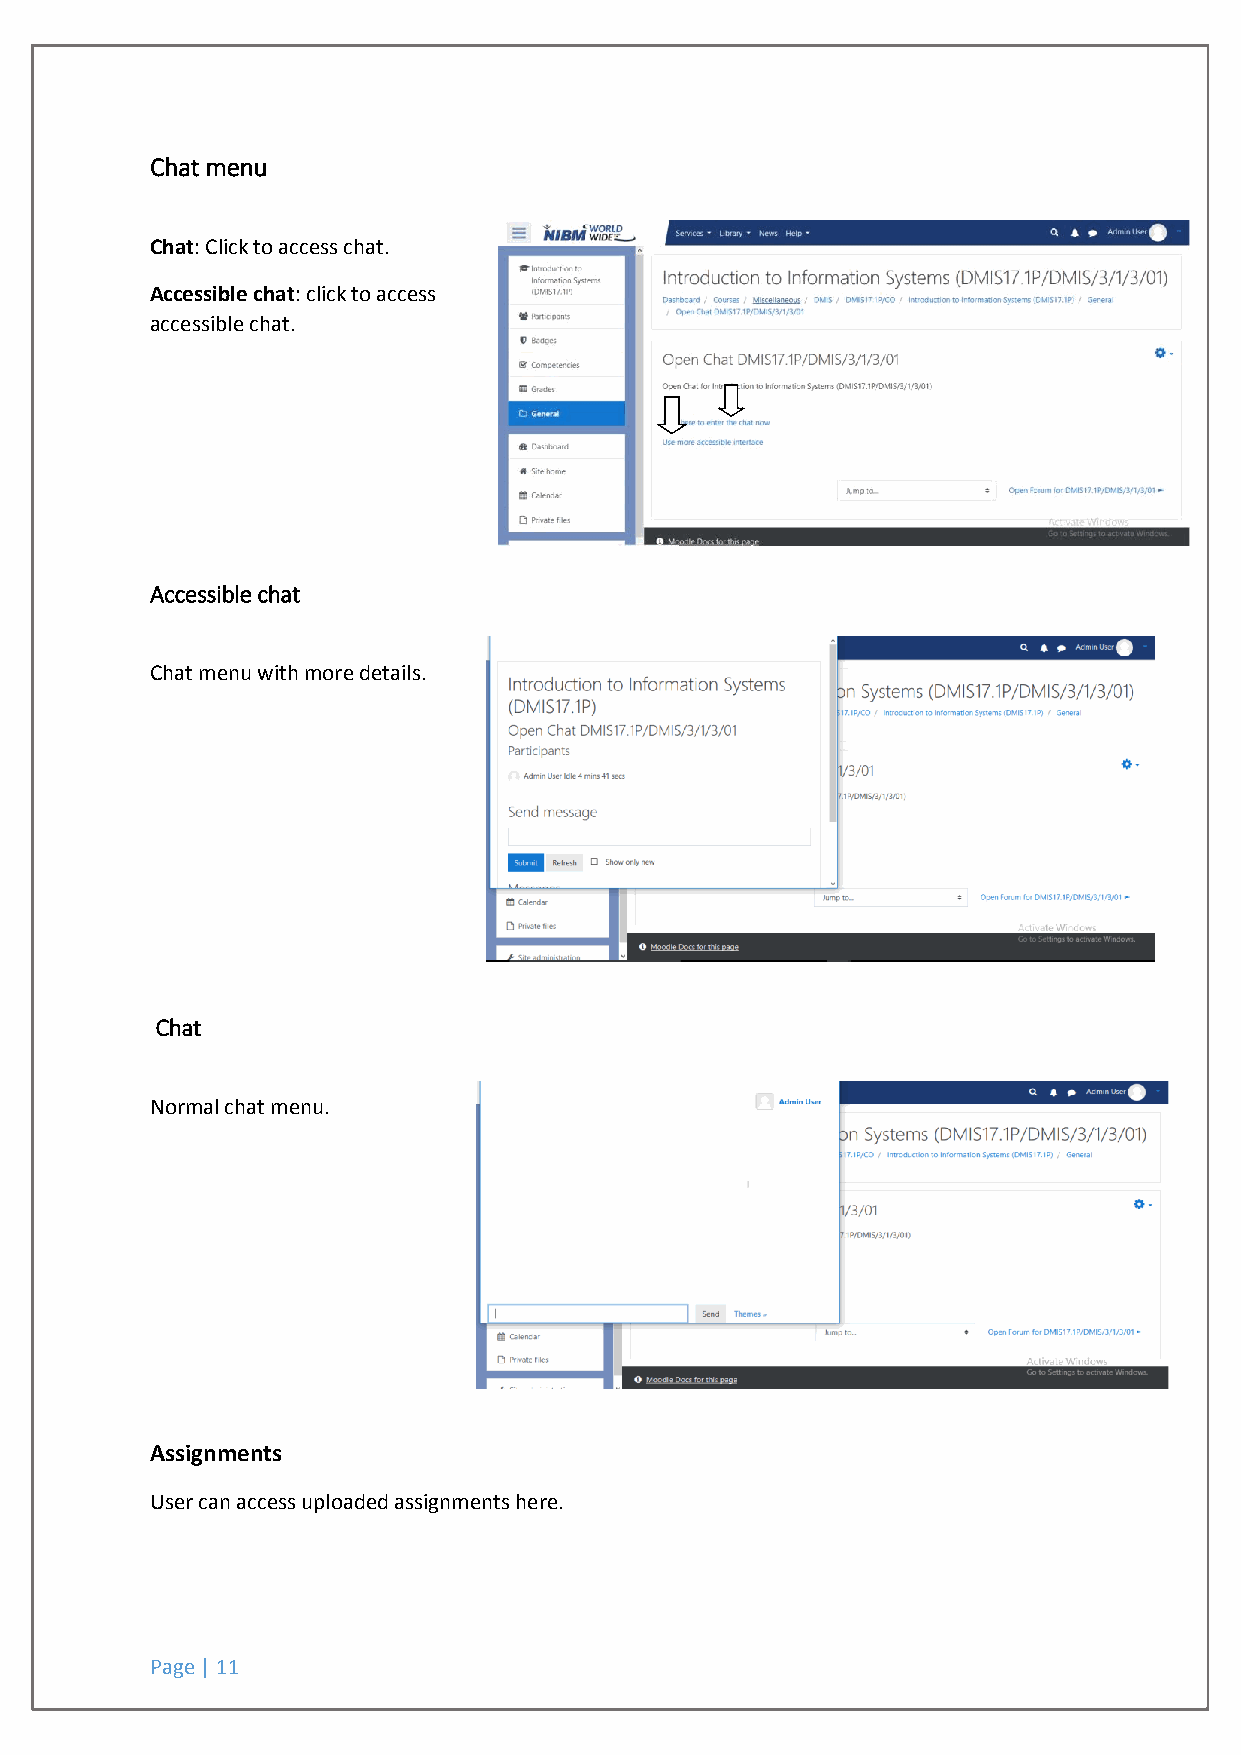
Chat menu
 Chat: Click to access chat.
 Accessible chat: click to access
 accessible chat.
 Accessible chat
 Chat menu with more details.
 Chat
 Normal chat menu.
 Assignments
 User can access uploaded assignments here.
 Page | 11